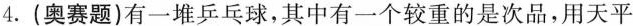
4.(奥赛题)有一堆乒乓球，其中有一个较重的是次品，用天平